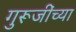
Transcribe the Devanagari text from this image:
गुरूजींच्या